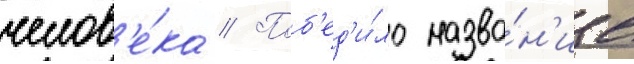
челов'е́ка // Поб'ед'и́ло назва́н'ие